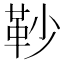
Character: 䩖